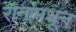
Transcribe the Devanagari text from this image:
रानांमधून